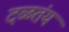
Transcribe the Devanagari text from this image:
दळतंय